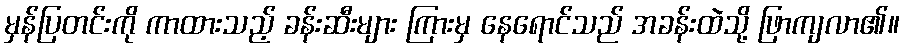
မှန်ပြတင်းကို ကာထားသည့် ခန်းဆီးများ ကြားမှ နေရောင်သည် အခန်းထဲသို့ ဖြာကျလာ၏။